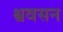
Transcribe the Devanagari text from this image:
श्ववसन